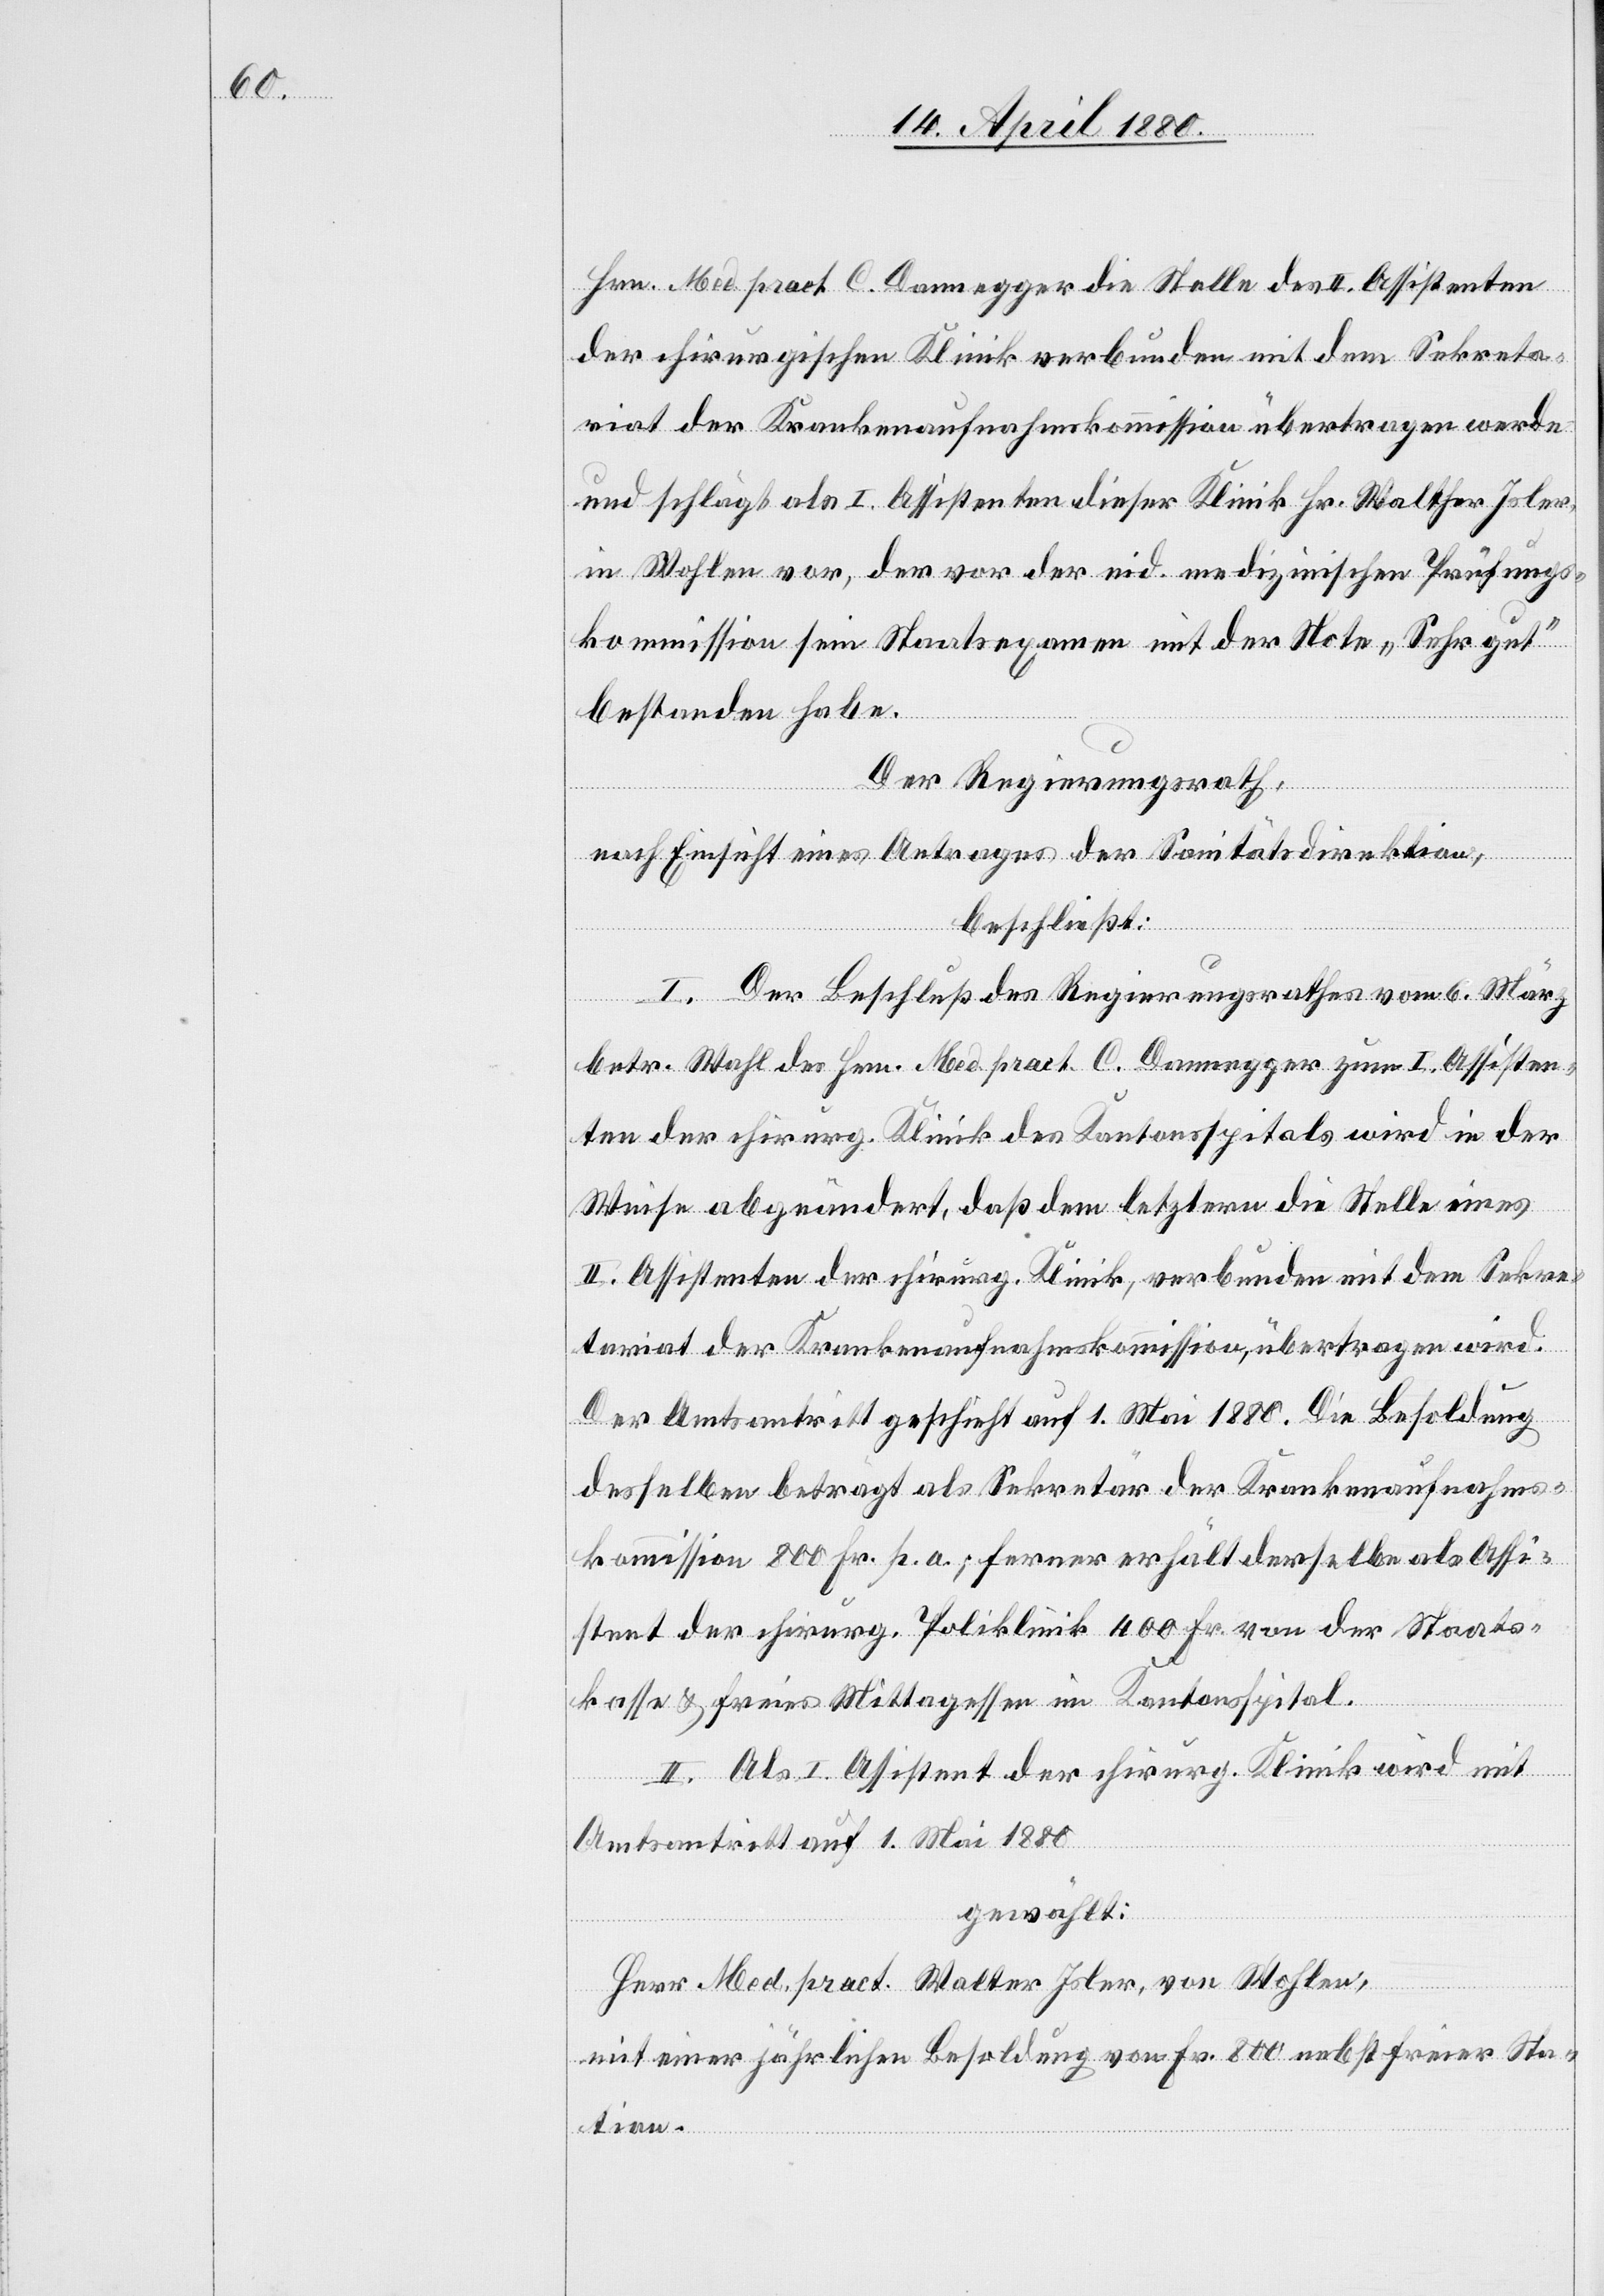
Hrn. Med. pract. C. Dannegger die Stelle des II. Assistenten
der chirurgischen Klinik verbunden mit dem Sekreta¬
riat der Krankenaufnahmskommission übertragen werde
und schlägt als I. Assistenten dieser Klinik Hr. Walther Isler,
in Wohlen vor, der vor der eid. medizinischen Prüfungs¬
kommission sein Staatsexamen mit der Note „Sehr gut“
bestanden habe.
Der Regierungsrath,
nach Einsicht eines Antrages der Sanitätsdirektion,
beschließt:
I. Der Beschluß des Regierungsrathes vom 6. März
betr. Wahl des Hrn. Med. pract. C. Dannegger zum I. Assisten¬
ten der chirurg. Klinik des Kantonsspitals wird in der
Weise abgeändert, daß dem letztern die Stelle eines
II. Assistenten der chirurg. Klinik, verbunden mit dem Sekre¬
tariat der Krankenaufnahmskommission, übertragen wird.
Der Amtsantritt geschieht auf 1. Mai 1880. Die Besoldung
desselben beträgt als Sekretär der Krankenaufnahms¬
kommission 800 Fr. p. a.; ferner erhält derselbe als Assi¬
stent der chirurg. Poliklinik 400 Fr. von der Staats¬
kassa & freies Mittagessen im Kantonsspital.
II. Als I. Assistent der chirurg. Klinik wird mit
Amtsantritt auf 1. Mai 1880
gewählt:
Herr Med. pract. Walter Isler [sic!], von Wohlen,
mit einer jährlichen Besoldung von Fr. 800 nebst freier Sta¬
tion.